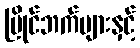
ပြိုင်ဘက်များနှင့်